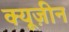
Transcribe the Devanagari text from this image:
क्यूज़ीन